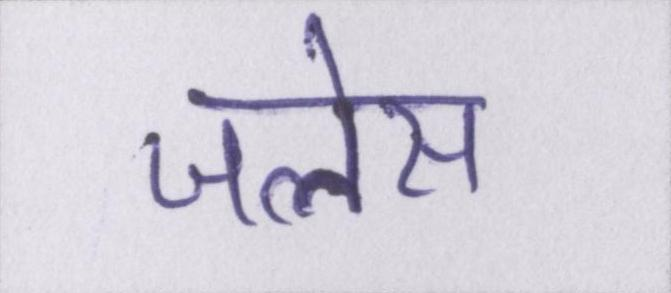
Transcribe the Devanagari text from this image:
जलेस